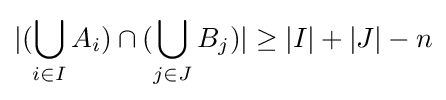
|(\bigcup _{i\in I}A_{i})\cap (\bigcup _{j\in J}B_{j})|\geq |I|+|J|-n